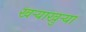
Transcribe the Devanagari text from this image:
खर्‍याखुर्‍या